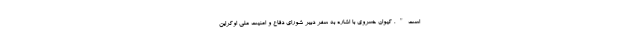
است‌". کیوان خسروی با اشاره به سفر دبیر شورای دفاع و امنیت ملی اوکراین